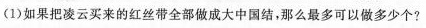
(1)如果把凌云买来的红丝带全部做成大中国结，那么最多可以做多少个?